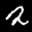
Label: 2